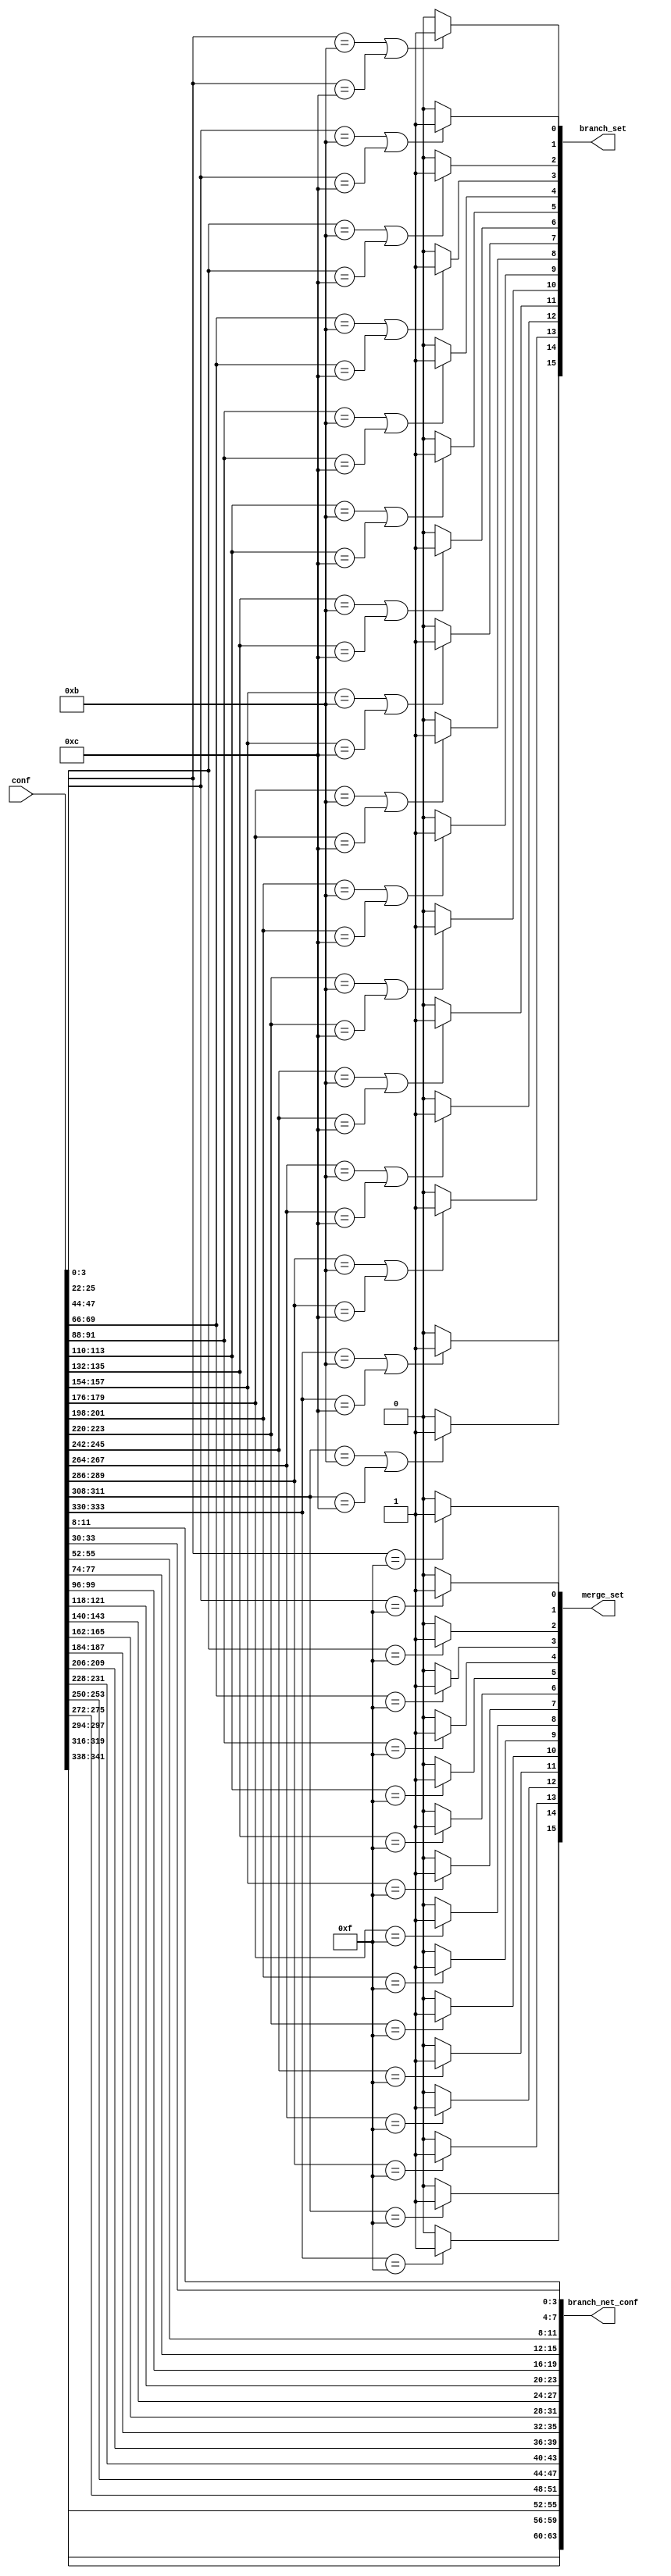

module decoder_branch
(
  input [352-1:0] conf,
  output [16-1:0] branch_set,
  output [16-1:0] merge_set,
  output [64-1:0] branch_net_conf
);

  localparam BEQ = 11;
  localparam BNE = 12;
  localparam MERGE = 15;
  assign branch_set[0] = ((conf[3:0] == BEQ) || (conf[3:0] == BNE))? 1'b1 : 1'b0;
  assign branch_set[1] = ((conf[25:22] == BEQ) || (conf[25:22] == BNE))? 1'b1 : 1'b0;
  assign branch_set[2] = ((conf[47:44] == BEQ) || (conf[47:44] == BNE))? 1'b1 : 1'b0;
  assign branch_set[3] = ((conf[69:66] == BEQ) || (conf[69:66] == BNE))? 1'b1 : 1'b0;
  assign branch_set[4] = ((conf[91:88] == BEQ) || (conf[91:88] == BNE))? 1'b1 : 1'b0;
  assign branch_set[5] = ((conf[113:110] == BEQ) || (conf[113:110] == BNE))? 1'b1 : 1'b0;
  assign branch_set[6] = ((conf[135:132] == BEQ) || (conf[135:132] == BNE))? 1'b1 : 1'b0;
  assign branch_set[7] = ((conf[157:154] == BEQ) || (conf[157:154] == BNE))? 1'b1 : 1'b0;
  assign branch_set[8] = ((conf[179:176] == BEQ) || (conf[179:176] == BNE))? 1'b1 : 1'b0;
  assign branch_set[9] = ((conf[201:198] == BEQ) || (conf[201:198] == BNE))? 1'b1 : 1'b0;
  assign branch_set[10] = ((conf[223:220] == BEQ) || (conf[223:220] == BNE))? 1'b1 : 1'b0;
  assign branch_set[11] = ((conf[245:242] == BEQ) || (conf[245:242] == BNE))? 1'b1 : 1'b0;
  assign branch_set[12] = ((conf[267:264] == BEQ) || (conf[267:264] == BNE))? 1'b1 : 1'b0;
  assign branch_set[13] = ((conf[289:286] == BEQ) || (conf[289:286] == BNE))? 1'b1 : 1'b0;
  assign branch_set[14] = ((conf[311:308] == BEQ) || (conf[311:308] == BNE))? 1'b1 : 1'b0;
  assign branch_set[15] = ((conf[333:330] == BEQ) || (conf[333:330] == BNE))? 1'b1 : 1'b0;
  assign merge_set[0] = (conf[3:0] == MERGE)? 1'b1 : 1'b0;
  assign merge_set[1] = (conf[25:22] == MERGE)? 1'b1 : 1'b0;
  assign merge_set[2] = (conf[47:44] == MERGE)? 1'b1 : 1'b0;
  assign merge_set[3] = (conf[69:66] == MERGE)? 1'b1 : 1'b0;
  assign merge_set[4] = (conf[91:88] == MERGE)? 1'b1 : 1'b0;
  assign merge_set[5] = (conf[113:110] == MERGE)? 1'b1 : 1'b0;
  assign merge_set[6] = (conf[135:132] == MERGE)? 1'b1 : 1'b0;
  assign merge_set[7] = (conf[157:154] == MERGE)? 1'b1 : 1'b0;
  assign merge_set[8] = (conf[179:176] == MERGE)? 1'b1 : 1'b0;
  assign merge_set[9] = (conf[201:198] == MERGE)? 1'b1 : 1'b0;
  assign merge_set[10] = (conf[223:220] == MERGE)? 1'b1 : 1'b0;
  assign merge_set[11] = (conf[245:242] == MERGE)? 1'b1 : 1'b0;
  assign merge_set[12] = (conf[267:264] == MERGE)? 1'b1 : 1'b0;
  assign merge_set[13] = (conf[289:286] == MERGE)? 1'b1 : 1'b0;
  assign merge_set[14] = (conf[311:308] == MERGE)? 1'b1 : 1'b0;
  assign merge_set[15] = (conf[333:330] == MERGE)? 1'b1 : 1'b0;
  assign branch_net_conf[3:0] = conf[11:8];
  assign branch_net_conf[7:4] = conf[33:30];
  assign branch_net_conf[11:8] = conf[55:52];
  assign branch_net_conf[15:12] = conf[77:74];
  assign branch_net_conf[19:16] = conf[99:96];
  assign branch_net_conf[23:20] = conf[121:118];
  assign branch_net_conf[27:24] = conf[143:140];
  assign branch_net_conf[31:28] = conf[165:162];
  assign branch_net_conf[35:32] = conf[187:184];
  assign branch_net_conf[39:36] = conf[209:206];
  assign branch_net_conf[43:40] = conf[231:228];
  assign branch_net_conf[47:44] = conf[253:250];
  assign branch_net_conf[51:48] = conf[275:272];
  assign branch_net_conf[55:52] = conf[297:294];
  assign branch_net_conf[59:56] = conf[319:316];
  assign branch_net_conf[63:60] = conf[341:338];

endmodule